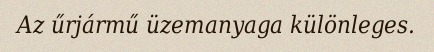
Az űrjármű üzemanyaga különleges.